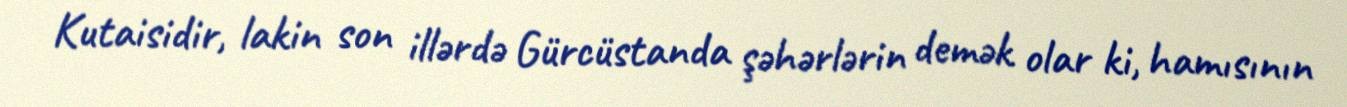
Kutaisidir, lakin son illərdə Gürcüstanda şəhərlərin demək olar ki, hamısının